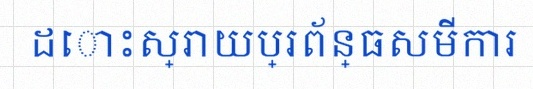
ដោះស្រាយប្រព័ន្ធសមីការ